Calcutta medical institutions reports 1879-81 [i.e.91]
Year: 1879
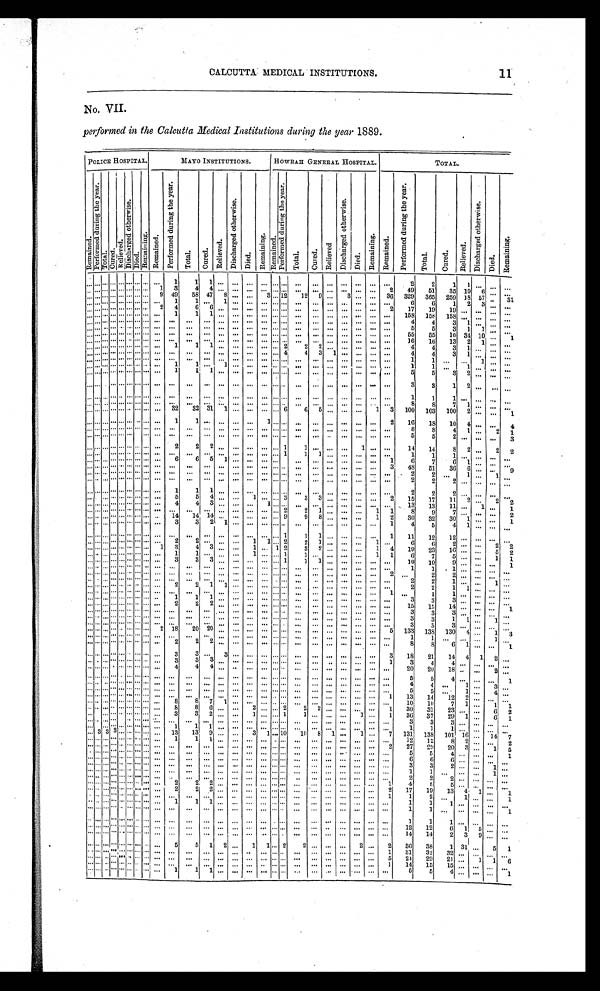
CALCUTTA MEDICAL INSTITUTIONS.
No. VII.
performed in the Calcutta Medical Institutions during the year 1889.
POLICE HOSPITAL.
MAYO INSTITUTIONS.
HOWRAH GENERAL HOSPITAL.
TOTAL.
R e m a i n e d .
P e r f o r m e d d u r i n g t h e y e a r .
Tot al .
C u r e d .
Rel i eved.
D i s c h a r g e d o t h e r w i s e .
Di ed.
R e ma i n i n g . R e m a i n e d .
P e r f o r m e d d u r i n g t h e y e a r .
To t a l . Cur e d.
Rel i eved.
D i s c h a r g e d o t h e r w i s e .
Di ed.
Remai ni ng. Re ma i n e d .
P e r f o r m e d d u r i n g t h e y e a r .
Total.
C u r e d .
Rel i eved.
D i s c h a r g e d o t h e r w i s e .
Di e d.
Re ma i n i n g . Re ma i ne d.
P e r f o r m e d d u r i n g t h e y e a r .
Total.
Cur e d.
Rel i eved.
D i s c h a r g e d o t h e r w i s e .
Died.
Re ma i ni ng.
. . .
. . .. . . . . . . . .
. . . . . . . . . . . .
1
1
1
. . .
. . .
. . .
. . . . . . . . .
. . .
. . .
. . .
. . .
. . .
. . .
. . .
2
2
1 1 . . .
. . .
. . .
. . . . . . . . . . . . . . . . . . . . . . . . 1 3
4 4
. . .
. . .
. . . . . .
. . . . . . . . .
. . .
. . . . . .
. . .
. . . 2
49
51
35 10
6 . . . . . .
. . . . . . . . . . . . . . . . . . . . . . . . 9 49
58 47 8
. . .
. . . 3 . . . 1 2 12 9
. . . 3
. . .
. . . 36 329 365 259
1 8 57
. . . 31
. . . . . . . . . . . . . . . . . . . . . . . . . . . 1
1
. . .
1
. . .
. . .
. . . . . . . . .
. . .
. . .
. . .
. . .
. . .
. . .
. . .
6
6
1 2
3 . . . . . .
. . . . . .
. . . . . . . . . . . . . . . 2 4
6
6
. . .
. . .
. . . . . . . . .
. . .
. . .
. . .
. . .
. . .
. . .
2
1 7
1 9
1 9
. . .
. . . . . . . . .
. . . . . . . . . . . . . . . . . . . . . . . . . . . 1
1 1
. . .
. . .
. . .
. . . . . . . . .
. . .
. . .
. . .
. . .
. . .
. . .
. . . 158 158 158
. . .
. . .
. . . . . .
. . . . . . . . . . . . . . . . . . . . . . . .
. . .
. . .
. . .
. . .
. . .
. . .
. . .
. . . . . . . . .
. . .
. . .
. . .
. . .
. . .
. . .
. . .
4
4
3 1
. . . . . . . . .
. . . . . . . . . . . . . . . . . . . . . . . .
. . . . . .
. . .
. . .
. . .
. . .
. . . . .
.
. . . . . . . . .
. . .
. . .
. . .
. . .
. . .
. . .
5
5
3 1
1
. . . . . .
. . . . . . . . . . . . . . . . . . . . . . . .
. . .
. . .
. . .
. . .
. . .
. . .
. . . . . . . . . . . .
. . .
. . .
. . .
. . .
. . .
. . .
. . .
55
55
10 34 10
. . . 1
. . . . . . . . . . . . . . . . . . . . . . . .
. . .
. . .
. . .
. . .
. . .
. . .
. . . . . . . . . . . .
. . .
. . .
. . .
. . .
. . .
. . .
. . . 16
16
13 2 1
. . .
. . .
. . . . . . . . . . . . . . . . . . . . . . . . . . .
1
1
1
. . .
. . .
. . . . . . . . . 2
2
2
. . .
. . .
. . .
. . .
. . .
4
4
3
1 . . .
. . .
. . .
. . . . . . . . . . . . . . . . . . . . . . . .
. . .
. . .
. . .
. . .
. . .
. . .
. . . . . . . . . 4
4 3 1 . . .
. . .
. . .
. . .
4
4
3 1
. . .
. . .
. . .
. . . . . . . . . . . . . . . . . . . . . . . .
. . .
. . .
. . .
. . .
. . .
. . .
. . . . . . . . . . . .
. . .
. . .
. . .
. . .
. . .
. . .
. . .
1
1
. . .
. . . 1
. . .
. . .
. . . . . . . . . . . . . . . . . . . . . . . .
. . . 1
1
. . . 1
. . .
. . . . . . . . . . . .
. . .
. . .
. . .
. . .
. . .
. . .
. . .
1
1
. . .
1
. . .
. . .
. . .
. . . . . . . . . . . . . . . . . . . . . . . . . . .
1
1
1
. . .
. . . . . . . . . . . .
. . .
. . .
. . .
. . .
. . .
. . .
. . .
5
5
3 2
. . .
. . .
. . .
. . . . . . . . . . . . . . . . . . . . . . . .
. . .
. . .
. . .
. . .
. . .
. . .
. . . . . . . . . . . .
. . .
. . .
. . .
. . .
. . .
. . .
. . .
3
3
1 2
. . .
. . . . . .
. . . . . . . . . . . . . . . . . . . . . . . .
. . .
. . .
. . .
. . .
. . .
. . .
. . . . . . . . . . . .
. . .
. . .
. . .
. . .
. . .
. . .
. . .
1
1
1 . . .
. . .
. . . . . .
. . . . . . . . . . . . . . . . . . . . . . . .
. . .
. . .
. . .
. . .
. . .
. . .
. . . . . . . . . . . .
. . .
. . .
. . .
. . .
. . .
. . .
. . .
8
8
7
1
. . .
. . . . . .
. . . . . . . . . . . . . . . . . . . . . . . . . . . 32
32 31 1
. . .
. . .
. . . . . . 6
6
5
. . .
. . .
. . . 1 3 100 103 100 2
. . .
. . . 1
. . . . . . . . . . . . . . . . . . . . . . . .
. . .
1
1
. . .
. . .
. . .
. . .
1 . . . . . .
. . .
. . .
. . .
. . .
. . .
. . .
2
1 6
1 8
1 0
4
. . .
. . . 4
. . . . . . . . . . . . . . . . . . . . . . . .
. . .
. . .
. . .
. . .
. . .
. . .
. . .
. . . . . . . . .
. . .
. . .
. . .
. . .
. . .
. . .
. . .
8
8
4 1
. . .
2 1
. . . . . . . . . . . . . . . . . . . . . . . .
. . .
. . .
. . .
. . .
. . .
. . .
. . .
. . . . . . . . .
. . .
. . .
. . .
. . .
. . .
. . .
. . .
5
5
2
. . .
. . .
. . . 3
. . . . . . . . . . . . . . . . . . . . . . . . . . . 2
2
2 . . .
. . .
. . .
. . . . . . 1
1
. . .
. . .
. . .
1
. . .
. . .
14
14
8 2
. . .
2
2
. . . . . . . . . . . . . . . . . . . . . . . .
. . .
. . .
. . . . . .
. . .
. . .
. . .
. . . 1.
1
1
. . .
. . .
. . .
. . .
. . .
1
1
1
. . . . . .
. . .
. . .
. . . . . . . . . . . . . . . . . . . . . . . .
. . .
6
6 5 1
. . . . . .
. . . . . . . . . . . . .
. . .
. . . . . .
. . .
. . . 1
6
7
6 1 . . .
. . .
. . .
. . . . . . . . . . . . . . . . . . . . . . . .
. . .
. . .
. . .
. . .
. . .
. . .
. . .
. . . . . . . . .
. . .
. . .
. . .
. . .
. . .
. . . 3
48
51
36
6 . . . . . . 9
. . . . . . . . . . . . . . . . . . . . . . . .
. . .
. . .
. . .
. . .
. . .
. . .
. . .
. . . . . . . . .
. . .
. . .
. . .
. . .
. . .
. . .
. . .
2
2
. . .
1
. . . 1 . . .
. . . . . . . . . . . . . . . . . . . . . . . .
. . .
. . .
. . .
. . .
. . .
. . .
. . .
. . . . . . . . .
. . .
. . .
. . .
. . .
. . .
. . .
. . .
2
2
2
. . . . . . . . . . . .
. . . . . . . . . . . . . . . . . . . . . . . .
. . .
1
1
1
. . .
. . .
. . .
. . . . . . . . .
. . .
. . .
. . .
. . .
. . .
. . .
. . .
2
2
2
. . .
. . . . . . . . .
. . . . . . . . . . . . . . . . . . . . . . . .
. . .
5
5
4
. . .
. . . 1
. . . . . . 3
3 3
. . . . . .
. . . . . . 2
15
17
11 2
. . .
2
2
. . . . . . . . . . . . . . . . . . . . . . . .
. . .
4
4
3 . . .
. . .
. . .
1 . . . . . . . . .
. . .
. . . . . .
. . .
. . .
. . . 13
13
11
. . .
1 . . . 1
. . . . . . . . . . . . . . . . . . . . . . . .
. . .
. . .
. . .
. . .
. . .
. . .
. . .
. . . . . . 2
2
1
. . .
. . .
. . . 1 1
8
9
7
. . .
. . .
. . .
2
. . . . . . . . . . . . . . . . . . . . . . . .
. . .
1 4
1 4
1 4 . . .
. . .
. . .
. . . . . . 9
9 8
. . . . . .
. . . 1
2 30
32
30 1
. . . . . .
1
. . . . . . . . . . . . . . . . . . . . . . . .
. . .
3
3
2
1
. . .
. . .
. . . . . . . . .
. . .
. . .
. . .
. . .
. . .
. . . 1
4
5
4 1
. . . . . . . . .
. . . . . . . . . . . . . . . . . . . . . . . .
. . .
. . .
. . .
. . .
. . .
. . .
. . .
. . . . . . 1
1 1
. . . . . .
. . .
. . . 1
11
12
12
. . .
. . . . . . . . .
. . . . . . . . . . . . . . . . . . . . . . . .
. . .
2
2 . . .
. . .
. . .
1
1 . . . 2
2 1
. . . . . .
. . .
1 . . .
6
6
2
. . .
. . . 2 2
. . . . . . . . . . . . . . . . . . . . . . . .
1
3
4 3
. . . . . .
1 . . . 1 2
3 2
. . . . . .
. . . 1 4
19
23
16 . . .
. . .
5 2
. . . . . . . . . . . . . . . . . . . . . . . .
. . .
1
1
. . .
. . .
. . .
1
. . . . . . 1
1 . . .
. . . . . .
. . . 1 1
6
7
5
. . . . . .
1
1
. . . . . . . . . . . . . . . . . . . . . . . .
. . .
3
3
3
. . .
. . .
. . .
. . . . . . 1
1
1
. . .
. . .
. . .
. . .
. . .
10
10
9
. . . . . .
. . .
1
. . . . . . . . . . . . . . . . . . . . . . . .
. . .
. . .
. . .
. . .
. . .
. . .
. . .
. . . . . . . . .
. . .
. . .
. . .
. . .
. . .
. . .
. . .
1
1
1
. . . . . .
. . .
. . .
. . . . . . . . . . . . . . . . . . . . . . . .
. . .
. . .
. . .
. . .
. . .
. . .
. . .
. . . . . . . . .
. . .
. . .
. . .
. . .
. . .
. . .
2
. . .
2
2
. . . . . .
. . .
. . .
. . . . . . . . . . . . . . . . . . . . . . . .
. . .
. . .
. . .
. . .
. . .
. . .
. . .
. . . . . . . . .
. . .
. . .
. . .
. . .
. . .
. . .
. . .
2
2
1
. . . . . .
1
. . .
. . . . . . . . . . . . . . . . . . . . . . . .
. . .
2
2
1
1
. . .
. . .
. . . . . . . . .
. . .
. . .
. . .
. . .
. . .
. . .
. . .
2
2
1 1 . . .
. . .
. . .
. . . . . . . . . . . . . . . . . . . . . . . .
. . .
. . .
. . .
. . .
. . .
. . .
. . .
. . . . . . . . .
. . .
. . .
. . .
. . .
. . .
. . .
1
. . .
1
1 . . . . . .
. . . . . .
. . . . . . . . . . . . . . . . . . . . . . . .
. . .
1
1
1 . . .
. . .
. . .
. . . . . . . . . . . .
. . .
. . . . . .
. . .
. . .
. . .
3
3
3
. . . . . . . . . . . .
. . . . . . . . . . . . . . . . . . . . . . . . . . .
2
2
2
. . .
. . .
. . .
. . . . . . . . .
. . .
. . .
. . .
. . .
. . .
. . .
. . . 15
15
1 4 . . .
. . .
. . . 1
. . . . . . . . . . . . . . . . . . . . . . . . . . .
. . .
. . .
. . .
. . .
. . .
. . . . . .
. . . . . .
. . .
. . .
. . . . . .
. . .
. . .
. . .
3
3
3
. . . . . .
. . . . . .
. . . . . . . . . . . . . . . . . . . . . . . .
. . .
. . .
. . .
. . .
. . .
. . .
. . . . . . . . . . . .
. . .
. . .
. . .
. . .
. . .
. . .
. . .
3
3
1
1 . . .
1 . . .
. . . . . . . . . . . . . . . . . . . . . . . . . . .
. . .
. . .
. . .
. . .
. . .
. . .
. . . . . . . . . . . .
. . .
. . . . . .
. . .
. . .
. . .
3
3
3
. . . . . .
. . . . . .
. . . . . . . . . . . . . . . . . . . . . . . . 2 18
20 20
. . .
. . .
. . .
. . . . . . . . . . . .
. . .
. . . . . .
. . .
. . . 5 133 138 130 4
. . . 1 3
. . . . . . . . . . . . . . . . . . . . . . . .
. . .
. . .
. . .
. . .
. . .
. . .
. . .
. . . . . . . . .
. . .
. . .
. . .
. . .
. . .
. . .
. . .
1
1
. . .
. . . . . .
1 . . .
. . . . . . . . . . . . . . . . . . . . . . . .
. . .
2
2 2
. . .
. . .
. . .
. . . . . . . . .
. . .
. . .
. . .
. . .
. . .
. . .
. . .
8
8
6 1 . . .
. . .
1
. . . . . . . . . . . . . . . . . . . . . . . .
. . .
3
3 . . . 3
. . .
. . .
. . . . . . . . . . . .
. . .
. . .
. . .
. . .
. . . 3
18
21
14 4 1 2
. . .
. . . . . . . . . . . . . . . . . . . . . . . .
. . .
3
3
3 . . .
. . .
. . .
. . . . . . . . . . . .
. . .
. . .
. . .
. . .
. . . 1
3
4
4
. . .
. . .
. . .
. . .
. . . . . . . . . . . . . . . . . . . . . . . .
. . .
4
4
4
. . .
. . .
. . .
. . . . . . . . .
. . .
. . . . . .
. . .
. . .
. . .
. . .
20
20
18 . . .
. . . 2
. . .
. . . . . . . . . . . . . . . . . . . . . . . .
. . .
. . .
. . .
. . .
. . .
. . .
. . .
. . . . . . . . .
. . .
. . . . . .
. . .
. . .
. . .
. . .
5
5
4 . . .
. . .
. . .
1
. . . . . . . . . . . . . . . . . . . . . . . .
. . .
. . .
. . .
. . .
. . .
. . .
. . .
. . . . . . . . .
. . .
. . . . . .
. . .
. . .
. . .
. . .
4
4 . . .
1
. . .
3
. . .
. . . . . . . . . . . . . . . . . . . . . . . . . . .
. . .
. . .
. . .
. . .
. . .
. . .
. . . . . . . . . . . .
. . .
. . .
. . .
. . .
. . .
. . .
5
5
. . .
1
. . . 4. . .
. . . . . . . . . . . . . . . . . . . . . . . .
. . .
. . .
. . .
. . .
. . .
. . .
. . .
. . . . . . . . .
. . .
. . . . . .
. . .
. . .
. . .
1
1 3
1 4
1 2
2
. . .
. . .
. . .
. . . . . . . . . . . . . . . . . . . . . . . .
. . .
8
8
7
1
. . .
. . .
. . . . . . . . .
. . .
. . . . . .
. . .
. . .
. . .
. . .
10
10
7 1
. . .
1
1
. . . . . . . . . . . . . . . . . . . . . . . .
. . .
8
8
6
. . .
. . .
2
. . . . . . 2
2 2
. . .
. . .
. . .
. . . 1
30
31
23
. . .
. . . 6 2
. . . . . . . . . . . . . . . . . . . . . . . . . . . 3
3
2
. . .
. . .
1
. . . . . . 1
1
. . .
. . .
. . . 1
. . .
1
36
37
29 1
. . . 6 1
. . . . . . . . . . . . . . . . . . . . . . . .
. . .
. . .
. . .
. . .
. . .
. . .
. . .
. . . . . . . . .
. . .
. . . . . .
. . .
. . .
. . .
. . .
3
3
3
. . .
. . .
. . .
. . .
. . . . . . . . . . . . . . . . . . . . . . . .
. . .
1
1
1
. . .
. . .
. . .
. . . . . . . . .
. . .
. . . . . .
. . .
. . .
. . .
. . .
1
1
1
. . .
. . .
. . .
. . .
. . . 3 3 3 . . . . . . . . . . . . . . . 13
1 3
9 . . .
. . . 3 1 . . . 10
10
8 1
. . . 1
. . . 7 131 138 101 16
. . . 14 7
. . . . . . . . . . . . . . . . . . . . . . . .
. . .
1
1
1 . . .
. . .
. . . . . . . . . . . . . . .
. . .
. . .
. . .
. . .
. . .
. . .
12
12
8
2
. . .
. . .
2
. . . . . . . . . . . . . . . . . . . . . . . .
. . .
. . .
. . .
. . .
. . .
. . .
. . . . . . . . . . . .
. . .
. . . . . .
. . .
. . .
. . .
2
2 7
2 9
2 0
3
. . .
1
5
. . . . . . . . . . . . . . . . . . . . . . . .
. . .
. . .
. . .
. . .
. . .
. . .
. . . . . . . . . . . .
. . .
. . . . . .
. . .
. . .
. . .
. . .
5
5
4 . . .
. . .
. . . 1
. . . . . . . . . . . . . . . . . . . . . . . .
. . .
. . .
. . .
. . .
. . .
. . .
. . . . . . . . . . . .
. . .
. . . . . .
. . .
. . .
. . .
. . .
6
6
6
. . . . . .
. . .
. . .
. . . . . . . . . . . . . . . . . . . . . . . . . . .
. . . . . .
. . .
. . .
. . . . . .
. . .
. . . . . . . . .
. . .
. . .
. . . . . .
. . .
. . .
3
3
2
. . .
. . .
1
. . .
. . . . . . . . . . . . . . . . . . . . . . . .
. . .
. . .
. . .
. . .
. . .
. . . . . .
. . . . . . . . .
. . .
. . .
. . .
. . . . . .
. . .
. . .
1
1
. . .
. . .
. . .
1
. . .
. . . . . . . . . . . . . . . . . . . . . . . .
. . .
. . .
. . .
. . .
. . .
. . . . . .
. . . . . . . . .
. . .
. . .
. . .
. . . . . .
. . .
. . .
2
2
2
. . .
. . .
. . .
. . .
. . . . . . . . . . . . . . . . . . . . . . . .
. . .
2
2 2 . . .
. . . . . .
. . . . . . . . .
. . .
. . .
. . .
. . . . . .
. . . 1
4
5
5
. . .
. . .
. . .
. . .
. . . . . . . . . . . . . . . . . . . . . . . .
. . .
2
2
2
. . .
. . . . . .
. . . . . . . . .
. . .
. . .
. . .
. . . . . .
. . .
2
1 7
1 9
1 3
4
1
. . .
1
. . . . . . . . . . . . . . . . . . . . . . . .
. . .
. . .
. . .
. . .
. . .
. . . . . .
. . . . . . . . .
. . .
. . .
. . .
. . . . . .
. . . 1
1
2
. . . 1 . . .
. . . 1
. . . . . . . . . . . . . . . . . . . . . . . . . . . 1
1 1
. . .
. . . . . .
. . . . . . . . .
. . .
. . .
. . .
. . . . . .
. . .
. . .
1
1
1
. . . . . .
. . .
. . .
. . . . . . . . . . . . . . . . . . . . . . . . . . .
. . .
. . .
. . .
. . .
. . .
. . . . . .
. . . . . . . . .
. . .
. . .
. . . . . .
. . . . . .
1
1
. . .
. . . . . .
. . .
1
. . . . . . . . . . . . . . . . . . . . . . . .
. . .
. . .
. . .
. . .
. . .
. . .
. . .
. . . . . . . . .
. . .
. . .
. . .
. . . . . .
. . . . . .
1
1
1
. . . . . .
. . .
. . .
. . . . . . . . . . . . . . . . . . . . . . . .
. . .
. . .
. . .
. . .
. . .
. . .
. . .
. . . . . . . . .
. . .
. . .
. . .
. . . . . .
. . . . . .
12
12
6 1 5
. . .
. . .
. . . . . . . . . . . . . . . . . . . . . . . . . . . . . .
. . .
. . .
. . .
. . .
. . .
. . . . . . . . .
. . .
. . .
. . .
. . . . . .
. . . . . .
14
14
2 3 9
. . .
. . .
. . . . . . . . . . . . . . . . . . . . . . . .
. . .
5
5 1 2
. . . 1
1 . . . 2
2
. . .
. . .
. . . 2
. . .
2
36
38
1
3 1 . . . 5
1
. . . . . . . . . . . . . . . . . . . . . . . .
. . .
. . .
. . .
. . .
. . .
. . .
. . .
. . . . . . . . .
. . .
. . . . . .
. . .
. . .
. . . 1
31
32
32
. . . . . .
. . .
. . .
. . . . . . . . . . . . . . . . . . . . . . . .
. . .
. . .
. . .
. . .
. . .
. . .
. . .
. . . . . . . . .
. . .
. . . . . .
. . .
. . .
. . .
5
2 4
2 9
2 1
. . .
1
1
6
. . . . . . . . . . . . . . . . . . . . . . . .
. . .
. . .
. . .
. . .
. . .
. . .
. . .
. . . . . . . . .
. . .
. . . . . .
. . .
. . .
. . .
1
14
15
15
. . .
. . .
. . .
. . .
. . . . . . . . . . . . . . . . . . . . . . . . . . .
1
1
1
. . .
. . .
. . .
. . . . . . . . .
. . .
. . . . . .
. . .
. . .
. . .
. . .
5
5
4
. . .
. . .
. . .
1
11